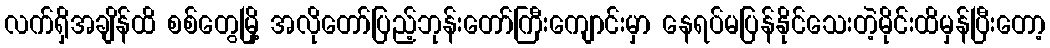
လက်ရှိအချိန်ထိ စစ်တွေမြို့ အလိုတော်ပြည့်ဘုန်းတော်ကြီးကျောင်းမှာ နေရပ်မပြန်နိုင်သေးတဲ့မိုင်းထိမှန်ပြီးတော့